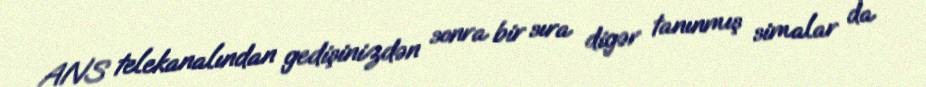
ANS telekanalından gedişinizdən sonra bir sıra digər tanınmış simalar da